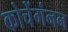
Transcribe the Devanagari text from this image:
कोचेंगंनन